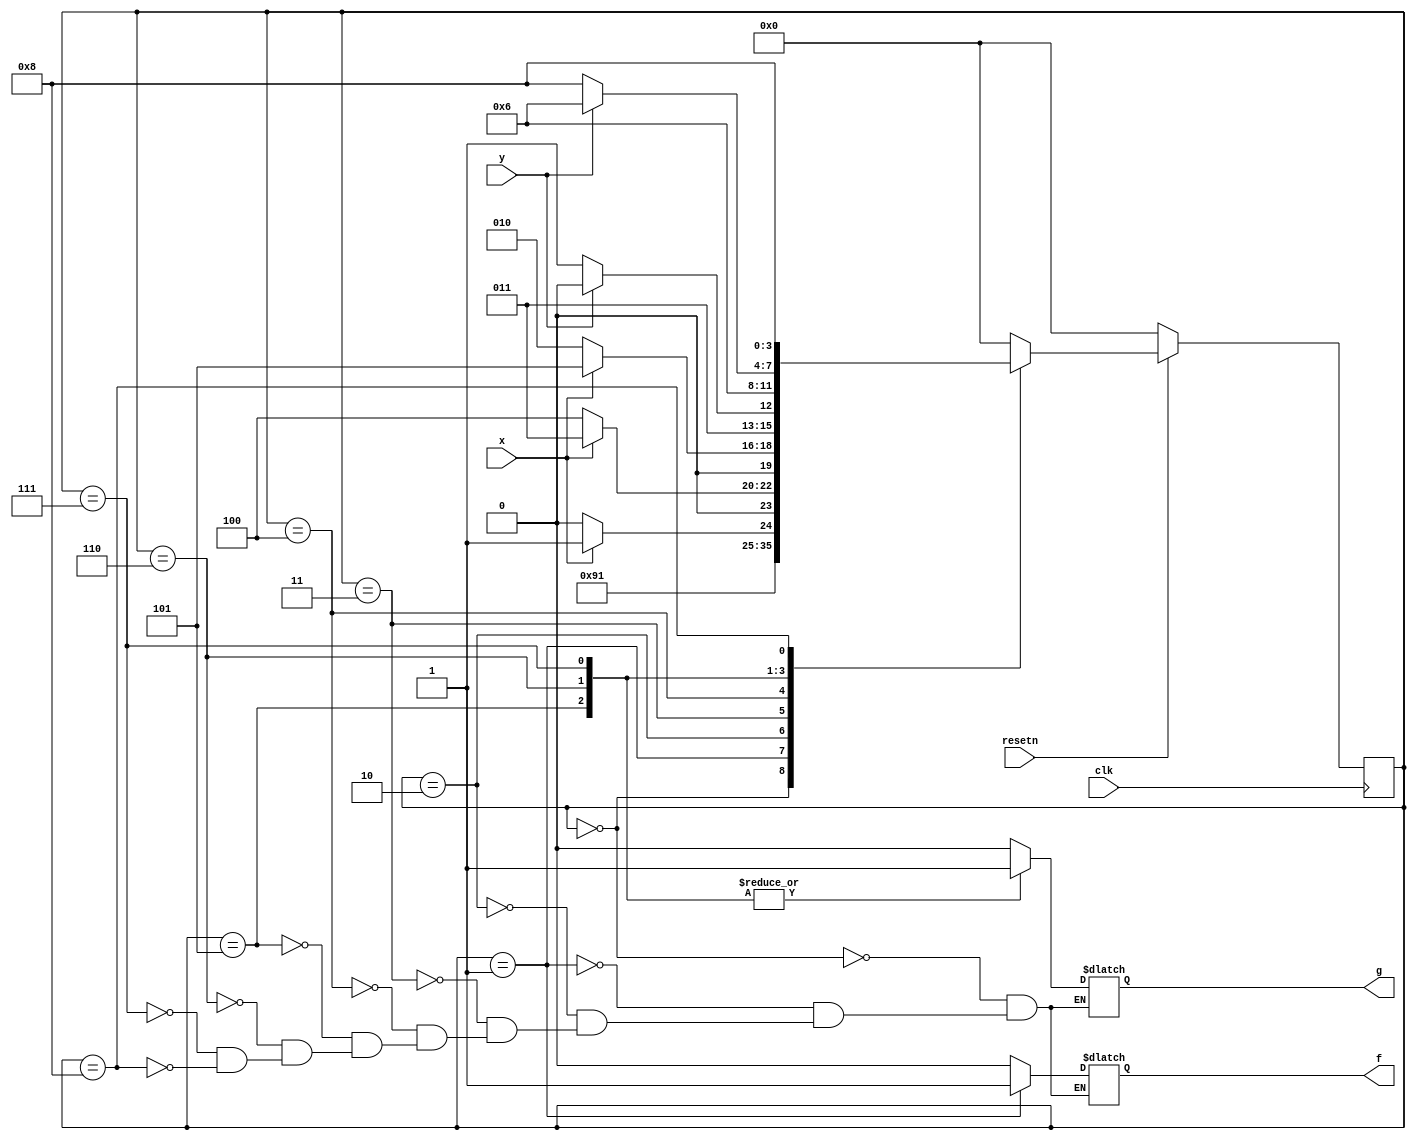
module top_module (
    input clk,
    input resetn,    // active-low synchronous reset
    input x,
    input y,
    output f,
    output g
); 
reg [3:0] nstate;
reg [3:0] cstate;
reg f_reg;
reg g_reg;

parameter s0 = 4'b0000;
parameter s1 = 4'b0001;
parameter s2 = 4'b0010;
parameter s3 = 4'b0011;
parameter s4 = 4'b0100;
parameter s5 = 4'b0101;
parameter s6 = 4'b0110;
parameter s7 = 4'b0111;
parameter s8 = 4'b1000;

always @(posedge clk)begin
    if(~resetn)begin
        cstate <= s0;
    end
    else begin
        cstate <= nstate;
    end
end

always @(*)begin
    nstate = s0;
    case (cstate)
        s0:begin
            nstate = resetn ? s1 : s0;
            f_reg = 1'b0;
            g_reg = 1'b0;
        end
        s1:begin
            nstate = s2;
            f_reg = 1'b1;
            g_reg = 1'b0;
        end
        s2:begin
            nstate = x ? s3 : s2;
            f_reg = 1'b0;
            g_reg = 1'b0;
        end
        s3:begin
            nstate = x ? s3 : s4;
            f_reg = 1'b0;
            g_reg = 1'b0;
        end
        s4:begin
            nstate = x ? s5 : s2;
            f_reg = 1'b0;
            g_reg = 1'b0;
        end
        s5:begin
            nstate = y ? s6 : s7;
            f_reg = 1'b0;
            g_reg = 1'b1;
        end
        s6:begin
            nstate = s6;
            f_reg = 1'b0;
            g_reg = 1'b1;
        end
        s7:begin
            nstate = y ? s6 : s8;
            f_reg = 1'b0;
            g_reg = 1'b1;
        end
        s8:begin
            nstate = s8;
            f_reg = 1'b0;
            g_reg = 1'b0;
        end
        default:nstate = s0;
    endcase
end

assign f = f_reg;
assign g = g_reg;
endmodule